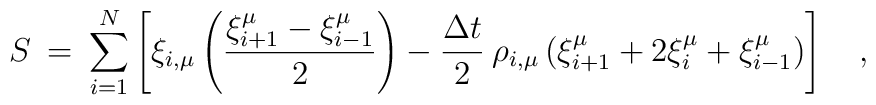
S \> = \>\sum_{i=1}^{N}\left [           \xi_{i,\mu}\left ( \frac{\xi_{i+1}^\mu-\xi_{i-1}^\mu}{2} \right)  -{\Delta t \over 2}\>\rho_{i,\mu} \left(\xi_{i+1}^\mu+2\xi_i^\mu+\xi_{i-1}^\mu \right) \right ] \quad,